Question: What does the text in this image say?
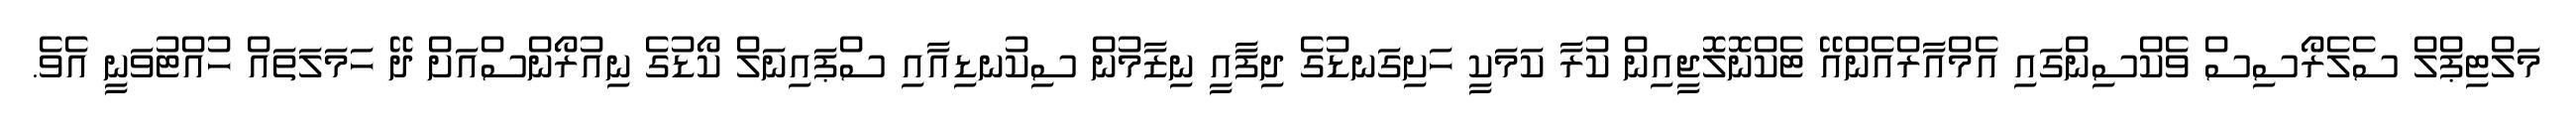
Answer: މަލްޓިޕްލް ސެލެރޯސިސް ވެކްސިންގައި އެމްއާރްއެންއޭ ޓެކްނޮލޮޖީއިން ކުރާ ކަމަކީ ހަށިގަނޑުގެ ދިފާއީ ނިޒާމުން ސިކުނޑިއާއި ސްޕައިނަލް ކޯޑުގެ ނިއުރޯންސްއަށް ދޭ ހަމަލަތައް ހުއްޓުވަނީ އެވެ.